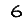
Digit: 6